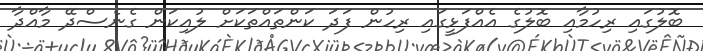
ބޮލުގައި ރިހުމާއި ބޮލުގެ އެއްފަޅީގައި ރިހުން ފަދަ ކަންތައްތަކަށް ލުއިކަން ގެނެސްދޭ މާއްދާ